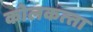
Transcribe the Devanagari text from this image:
कोलकत्‍ता